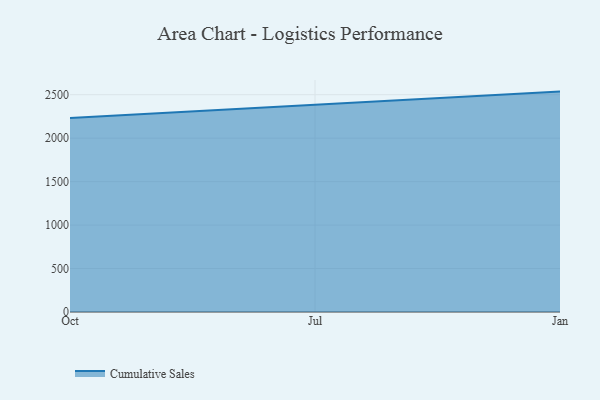
{"axis": {"x": "Month", "y": "Active Users"}, "legend": ["Cumulative Sales"], "data": [{"x": "Oct", "y": 2232.1, "type": "Cumulative Sales"}, {"x": "Jul", "y": 2380.7, "type": "Cumulative Sales"}, {"x": "Jan", "y": 2535.6, "type": "Cumulative Sales"}]}